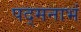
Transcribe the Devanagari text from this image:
पद्‌मनाभं